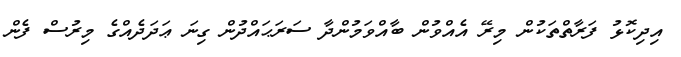
އިދިކޮޅު ފަރާތްތަކުން މިރޭ އެއްވުން ބާއްވަމުންދާ ސަރަޙައްދުން ގިނަ ޢަދަދެއްގެ މިރުސް ފެން